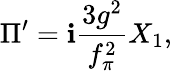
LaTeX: \Pi^{\prime}=\mathbf{i}\frac{{3g^{2}}}{{f_{\pi}^{2}}}X_{1},